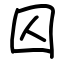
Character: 囚